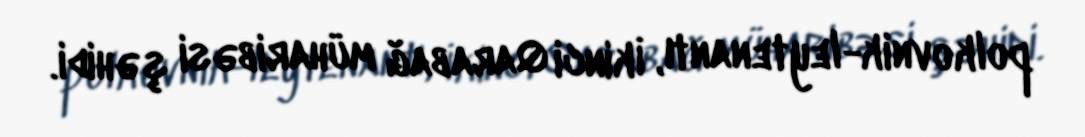
polkovnik-leytenantı, İkinci Qarabağ müharibəsi şəhidi.